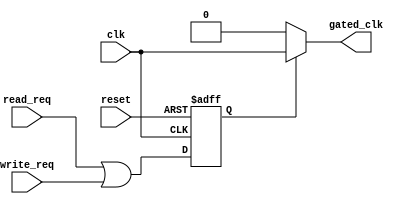
module dynamic_clock_gating (
    input wire clk,                // Main clock input
    input wire reset,              // Reset signal
    input wire read_req,           // Read request signal
    input wire write_req,          // Write request signal
    output wire gated_clk          // Gated clock output
);

    // Activity monitor signal
    reg activity;
    
    // Clock gating control logic
    always @(posedge clk or posedge reset) begin
        if (reset) begin
            activity <= 1'b0; // Reset activity signal
        end else begin
            // Set activity high if there is a read or write request
            activity <= read_req | write_req;
        end
    end

    // Clock gating cell
    assign gated_clk = activity ? clk : 1'b0; // Gated clock output

endmodule